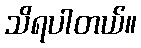
သိရပါတယ်။